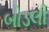
બોડલી